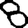
Digit: 8